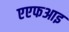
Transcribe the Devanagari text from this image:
एएफआइ